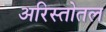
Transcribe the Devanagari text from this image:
अरिस्तोतल